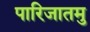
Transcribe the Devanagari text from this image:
पारिजातमु